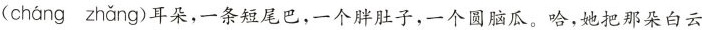
(cháng zhǎng)耳朵，一条短尾巴，一个胖肚子，一个圆脑瓜。哈，她把那朵白云